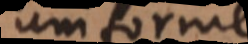
uniforme